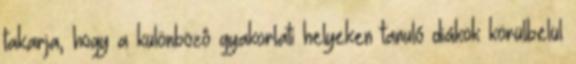
takarja, hogy a különbözô gyakorlati helyeken tanuló diákok körülbelül